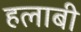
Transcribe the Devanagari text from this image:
हलाबी